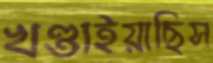
খণ্ডাইয়াছিস